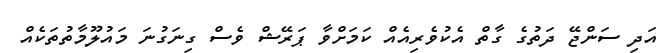
އަދި ސަންޖޭ ދަތުގެ ގާތް އެކުވެރިއެއް ކަމަށްވާ ޕަރޭޝް ވެސް ގިނަގުނަ މައުލޫމާތުތަކެއް